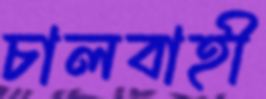
চালবাহী